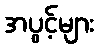
အပွင့်များ